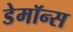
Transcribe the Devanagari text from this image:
डेमॉन्स